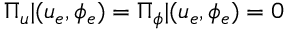
\Pi _ { u } | { ( u _ { e } , \phi _ { e } ) } = \Pi _ { \phi } | { ( u _ { e } , \phi _ { e } ) } = 0